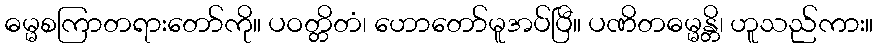
ဓမ္မစကြာတရားတော်ကို။ ပဝတ္တိတံ၊ ဟောတော်မူအပ်ပြီ။ ပဏိတဓမ္မန္တိ၊ ဟူသည်ကား။